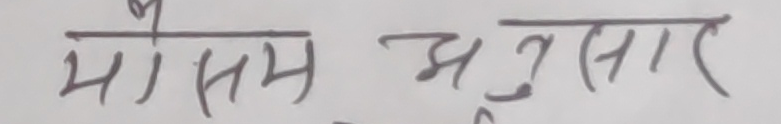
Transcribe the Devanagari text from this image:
मौसम अनुसार